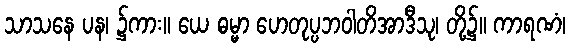
သာသနေ ပန၊ ၌ကား။ ယေ ဓမ္မာ ဟေတုပ္ပဘဝါတိအာဒီသု၊ တို့၌။ ကာရဏံ၊